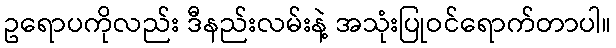
ဥရောပကိုလည်း ဒီနည်းလမ်းနဲ့ အသုံးပြုဝင်ရောက်တာပါ။